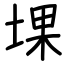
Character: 堁